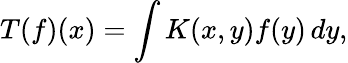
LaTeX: T(f)(x)=\int K(x,y)f(y)\, dy,